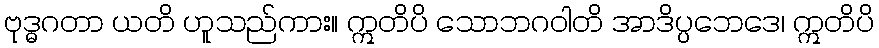
ဗုဒ္ဓဂတာ ယတိ ဟူသည်ကား။ ဣတိပိ သောဘဂဝါတိ အာဒိပ္ပဘေဒေ၊ ဣတိပိ